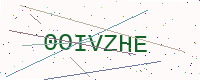
Text: 0OIVZHE